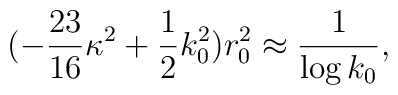
(-\frac{23}{16}\kappa^2 + \frac12 k_0^2) r_0^2 \approx \frac{1}{\log k_0},